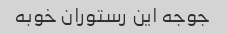
جوجه این رستوران خوبه